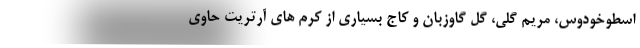
اسطوخودوس، مریم گلی، گل گاوزبان و کاج بسیاری از کرم های آرتریت حاوی